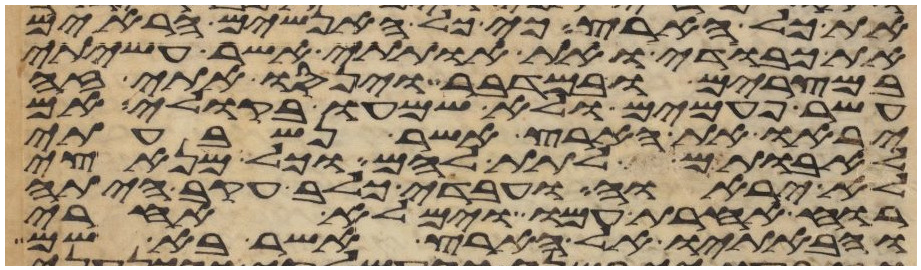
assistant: את כל הארץ כי כל האנשים הראים
את כבודי ואת אתותי אשר עשיתי
במצרים ובמדבר וינסו אתי זה
עשר פעמים ולא שמעו בקולי אם
יראו את הארץ אשר נשבעתי
לאבותם לתת להם וכל מנאצי
לא יראוה ועבדי כלב עקב היתה
רוח אחרת עמו וימלא אחרי
והבאתיו אל הארץ אשר בא שמה